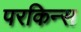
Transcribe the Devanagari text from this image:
परकिन्स